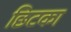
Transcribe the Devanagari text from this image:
छिटका